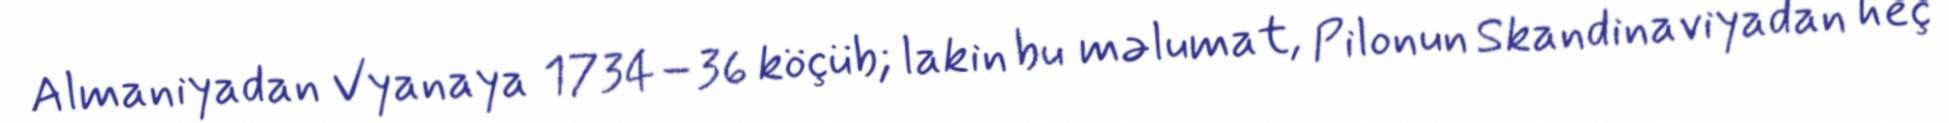
Almaniyadan Vyanaya 1734–36 köçüb; lakin bu məlumat, Pilonun Skandinaviyadan heç